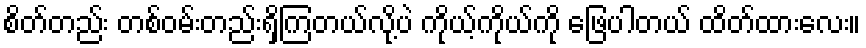
စိတ်တည်း တစ်ဝမ်းတည်းရှိကြတယ်လို့ပဲ ကိုယ့်ကိုယ်ကို ဖြေပါတယ် ထိတ်ထားလေး။